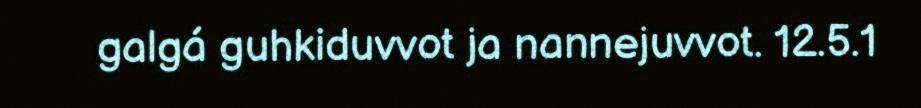
galgá guhkiduvvot ja nannejuvvot. 12.5.1